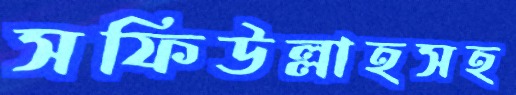
সফিউল্লাহসহ